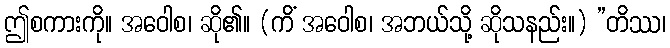
ဤစကားကို။ အဝေါစ၊ ဆို၏။ (ကိံ အဝေါစ၊ အဘယ်သို့ ဆိုသနည်း။) ”တိဿ၊